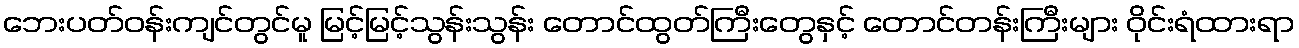
ဘေးပတ်ဝန်းကျင်တွင်မူ မြင့်မြင့်သွန်းသွန်း တောင်ထွတ်ကြီးတွေနှင့် တောင်တန်းကြီးများ ဝိုင်းရံထားရာ